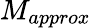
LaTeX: M_{approx}